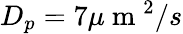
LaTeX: D_{p}=7\mu\mathrm{~m~}^{2}/s